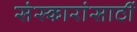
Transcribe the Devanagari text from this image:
संस्कारांसाठीं